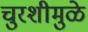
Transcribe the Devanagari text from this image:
चुरशीमुळे